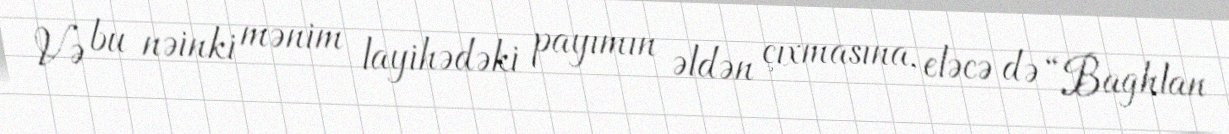
Və bu nəinki mənim layihədəki payımın əldən çıxmasına, eləcə də “Baghlan